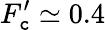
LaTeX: F_{\mathtt{c}}^{\prime}\simeq0.4